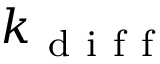
k _ { \mathrm { ~ d ~ i ~ f ~ f ~ } }